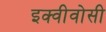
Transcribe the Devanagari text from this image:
इक्वीवोसी